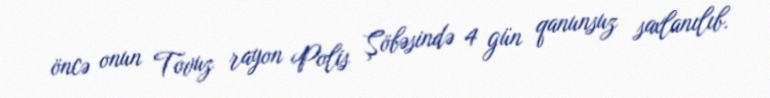
öncə onun Tovuz rayon Polis Şöbəsində 4 gün qanunsuz saxlanılıb.